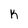
Character: k